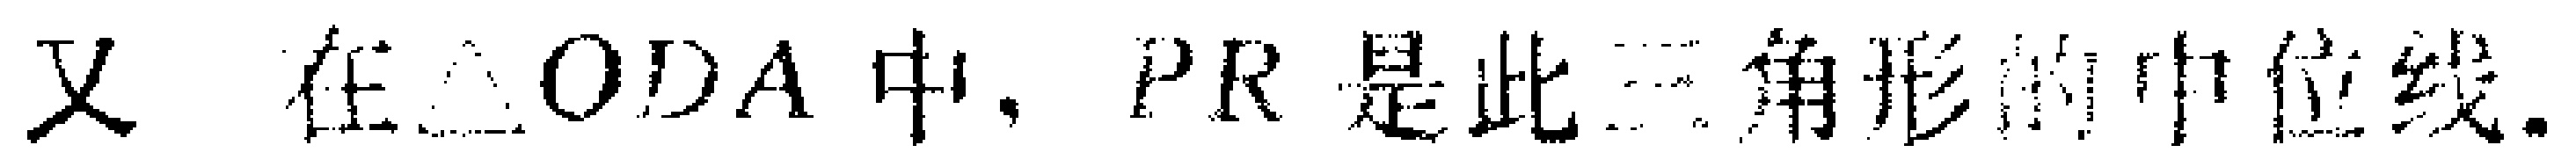
又 在$\triangle ODA$中, $PR$是此三角形的中位线.